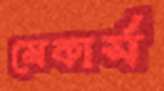
মেকার্স